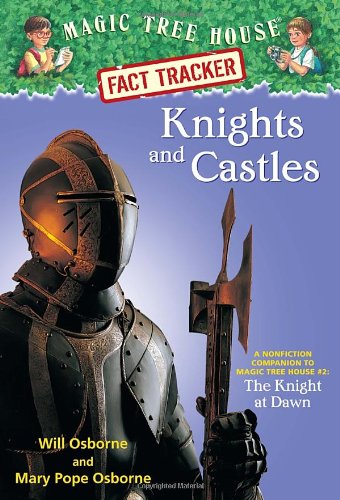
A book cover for Knights And Castles (Magic Tree House Research Guide, paper); Mary Pope Osborne; Children's Books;